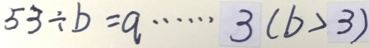
5 3 \div b = q \cdots 3 ( b > 3 )